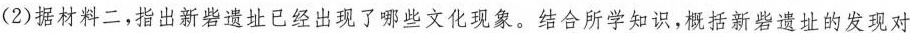
(2)据材料二,指出新砦遗址已经出现了哪些文化现象。结合所学知识，概括新砦遗址的发现对